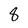
Character: 8